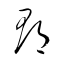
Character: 郡